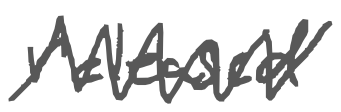
Text: released
Cross-out: zig-zag
Writing tool: digital_gray